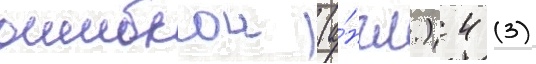
ошибкои (а́нгл.) 4 (3)